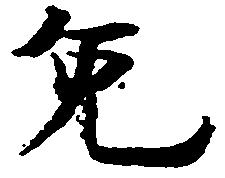
免